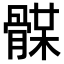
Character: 𩩥